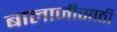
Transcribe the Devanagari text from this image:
बालाजीसाठी